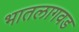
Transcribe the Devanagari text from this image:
भातलागवड